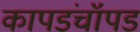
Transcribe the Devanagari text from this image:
कापडंचॉपडं